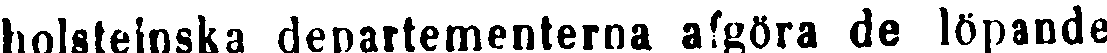
holsteinska departementerna afgöra de löpande